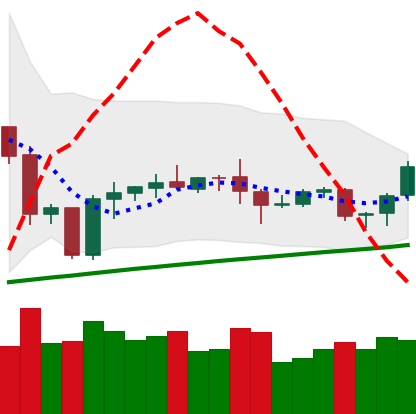
Ticker: ETH-USD
Chart end date: 2020-10-09
Forward return: 3.8%
Label: up_3_5